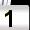
Digit: 1